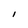
Character: 1